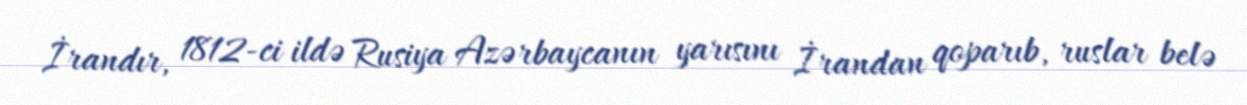
İrandır, 1812-ci ildə Rusiya Azərbaycanın yarısını İrandan qoparıb, ruslar belə